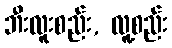
ဘီးလူးစည်း, လူ့စည်း